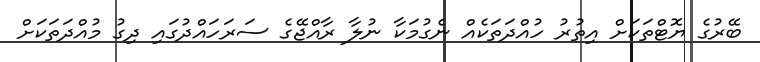
ބޭރުގެ ޔޮޓްތަކަށް އިތުރު ހުއްދަތަކެއް ނެގުމަކާ ނުލާ ރާއްޖޭގެ ސަރަހައްދުގައި ދިގު މުއްދަތަކަށް